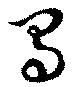
蜀